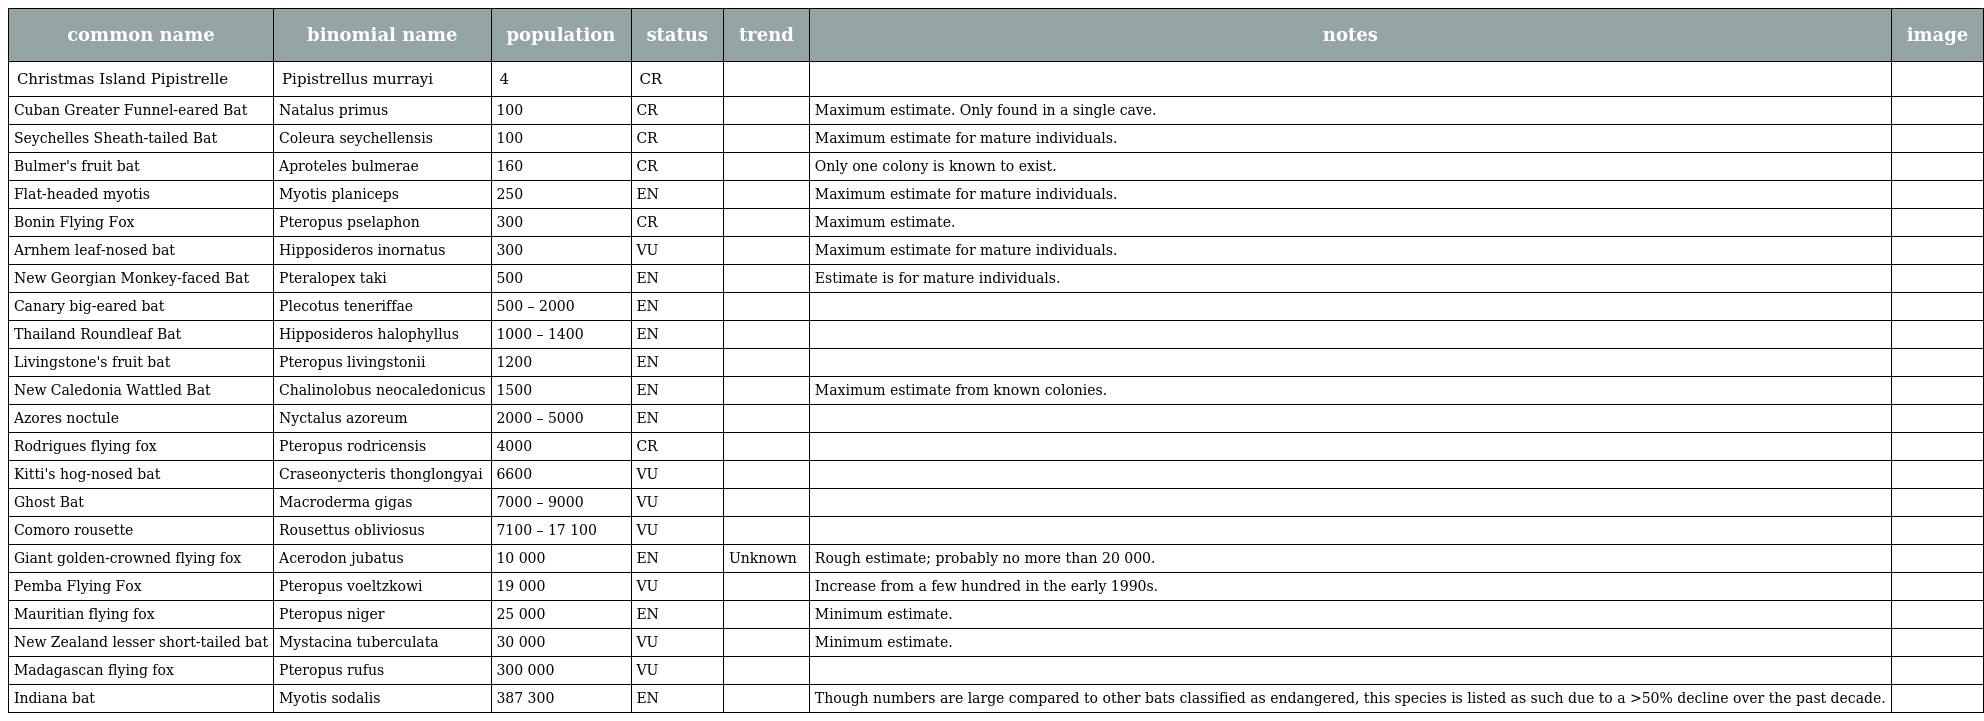
| common name | binomial name | population | status | trend | notes | image |
 | --- | --- | --- | --- | --- | --- | --- |
 | Christmas Island Pipistrelle | Pipistrellus murrayi | 4 | CR |  |  |  |
 | Cuban Greater Funnel-eared Bat | Natalus primus | 100 | CR |  | Maximum estimate. Only found in a single cave. |  |
 | Seychelles Sheath-tailed Bat | Coleura seychellensis | 100 | CR |  | Maximum estimate for mature individuals. |  |
 | Bulmer's fruit bat | Aproteles bulmerae | 160 | CR |  | Only one colony is known to exist. |  |
 | Flat-headed myotis | Myotis planiceps | 250 | EN |  | Maximum estimate for mature individuals. |  |
 | Bonin Flying Fox | Pteropus pselaphon | 300 | CR |  | Maximum estimate. |  |
 | Arnhem leaf-nosed bat | Hipposideros inornatus | 300 | VU |  | Maximum estimate for mature individuals. |  |
 | New Georgian Monkey-faced Bat | Pteralopex taki | 500 | EN |  | Estimate is for mature individuals. |  |
 | Canary big-eared bat | Plecotus teneriffae | 500 – 2000 | EN |  |  |  |
 | Thailand Roundleaf Bat | Hipposideros halophyllus | 1000 – 1400 | EN |  |  |  |
 | Livingstone's fruit bat | Pteropus livingstonii | 1200 | EN |  |  |  |
 | New Caledonia Wattled Bat | Chalinolobus neocaledonicus | 1500 | EN |  | Maximum estimate from known colonies. |  |
 | Azores noctule | Nyctalus azoreum | 2000 – 5000 | EN |  |  |  |
 | Rodrigues flying fox | Pteropus rodricensis | 4000 | CR |  |  |  |
 | Kitti's hog-nosed bat | Craseonycteris thonglongyai | 6600 | VU |  |  |  |
 | Ghost Bat | Macroderma gigas | 7000 – 9000 | VU |  |  |  |
 | Comoro rousette | Rousettus obliviosus | 7100 – 17 100 | VU |  |  |  |
 | Giant golden-crowned flying fox | Acerodon jubatus | 10 000 | EN | Unknown | Rough estimate; probably no more than 20 000. |  |
 | Pemba Flying Fox | Pteropus voeltzkowi | 19 000 | VU |  | Increase from a few hundred in the early 1990s. |  |
 | Mauritian flying fox | Pteropus niger | 25 000 | EN |  | Minimum estimate. |  |
 | New Zealand lesser short-tailed bat | Mystacina tuberculata | 30 000 | VU |  | Minimum estimate. |  |
 | Madagascan flying fox | Pteropus rufus | 300 000 | VU |  |  |  |
 | Indiana bat | Myotis sodalis | 387 300 | EN |  | Though numbers are large compared to other bats classified as endangered, this species is listed as such due to a >50% decline over the past decade. |  |